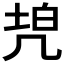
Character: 𠙓